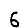
Digit: 6